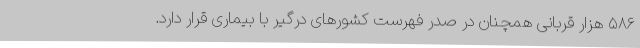
۵۸۶ هزار قربانی همچنان در صدر فهرست کشورهای درگیر با بیماری قرار دارد.